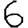
Digit: 6